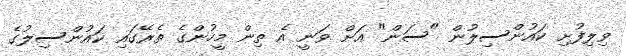
ވިލިފުށި ކައުންސިލުން "ސަން" އަށް ވަނީ އެ ތިން މީހުންގެ ތެރޭގައި ކައުންސިލުގެ